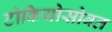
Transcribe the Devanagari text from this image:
टोकियोसोबत